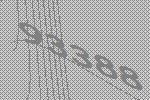
93388